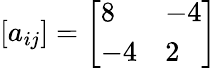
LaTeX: [a_{ij}]=\left[\begin{array}{ll}{{8}}&{{-4}}\\ {{-4}}&{{2}}\end{array}\right]